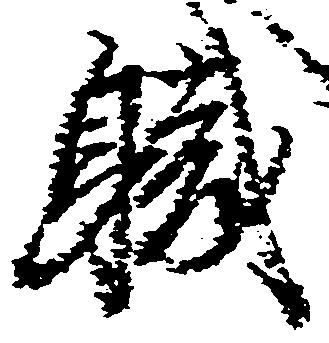
職